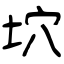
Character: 坹